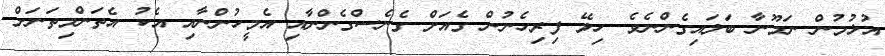
އުޅުމުން ނަމޫނާ ބަލައިގެންނެވެ. ހިލޭ ފިރިހެނުން ގެއަށް ގެނެސްގެންނާއި އެމީހުންނާއި އެކު އެތަންމިތަނަށް